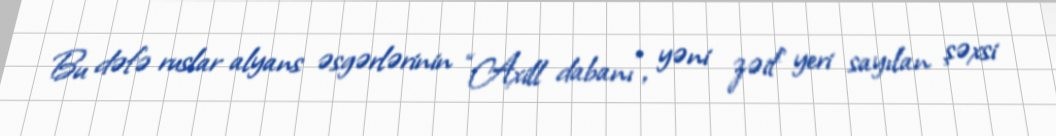
Bu dəfə ruslar alyans əsgərlərinin “Axill dabanı”, yəni zəif yeri sayılan şəxsi